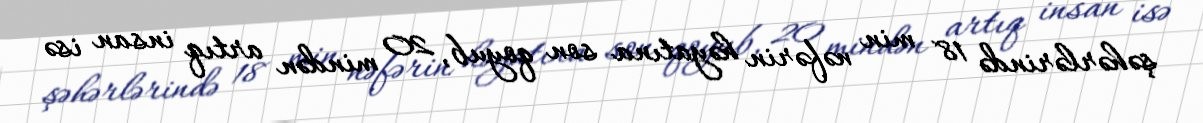
şəhərlərində 18 min nəfərin həyatına son qoyub, 20 mindən artıq insan isə